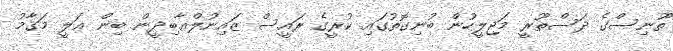
ތޫނިސްގެ ދަސްތޫރީ މަޖިލީހުން ބުނިގޮތުގައި ކުރީގެ ރައީސް ޒައިނުލްޢާބިދީން ބިން ޢަލީ މަޤާމު